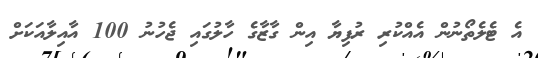
އެ ޓެލެތޯނުން އެއްކުރި ރުފިޔާ އިން ގާޒާގެ ހާލުގައި ޖެހުނު 100 އާއިލާއަކަށް